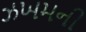
ઝખમની